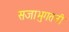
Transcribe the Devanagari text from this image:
सजाभुगतनी